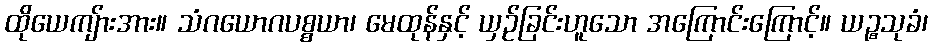
ထိုယေကျ်ားအား။ သံဂယောဂပစ္စယာ၊ မေထုန်နှင့် ယှဉ်ခြင်းဟူသော အကြောင်းကြောင့်။ ယဉ္စသုခံ၊